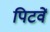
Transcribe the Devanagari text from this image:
पिटवें